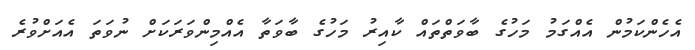
އެހެންކަމުން އެއްގަމު މަހުގެ ބާވަތްތައް ކާއިރު މަހުގެ ބާވަތާ އެއްމިންވަރަކަށް ނުވަތަ އެއަށްވުރެ